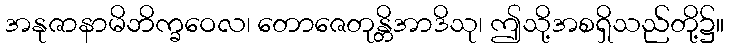
အနုဇာနာမိဘိက္ခဝေလ၊ တောဇေတုန္တိအာဒိသု၊ ဤသို့အစရှိသည်တို့၌။